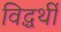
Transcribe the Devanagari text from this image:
विद्धर्थी